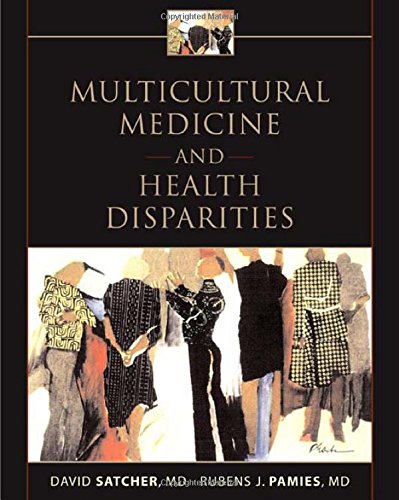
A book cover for Multicultural Medicine and Health Disparities; David Satcher; Medical Books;